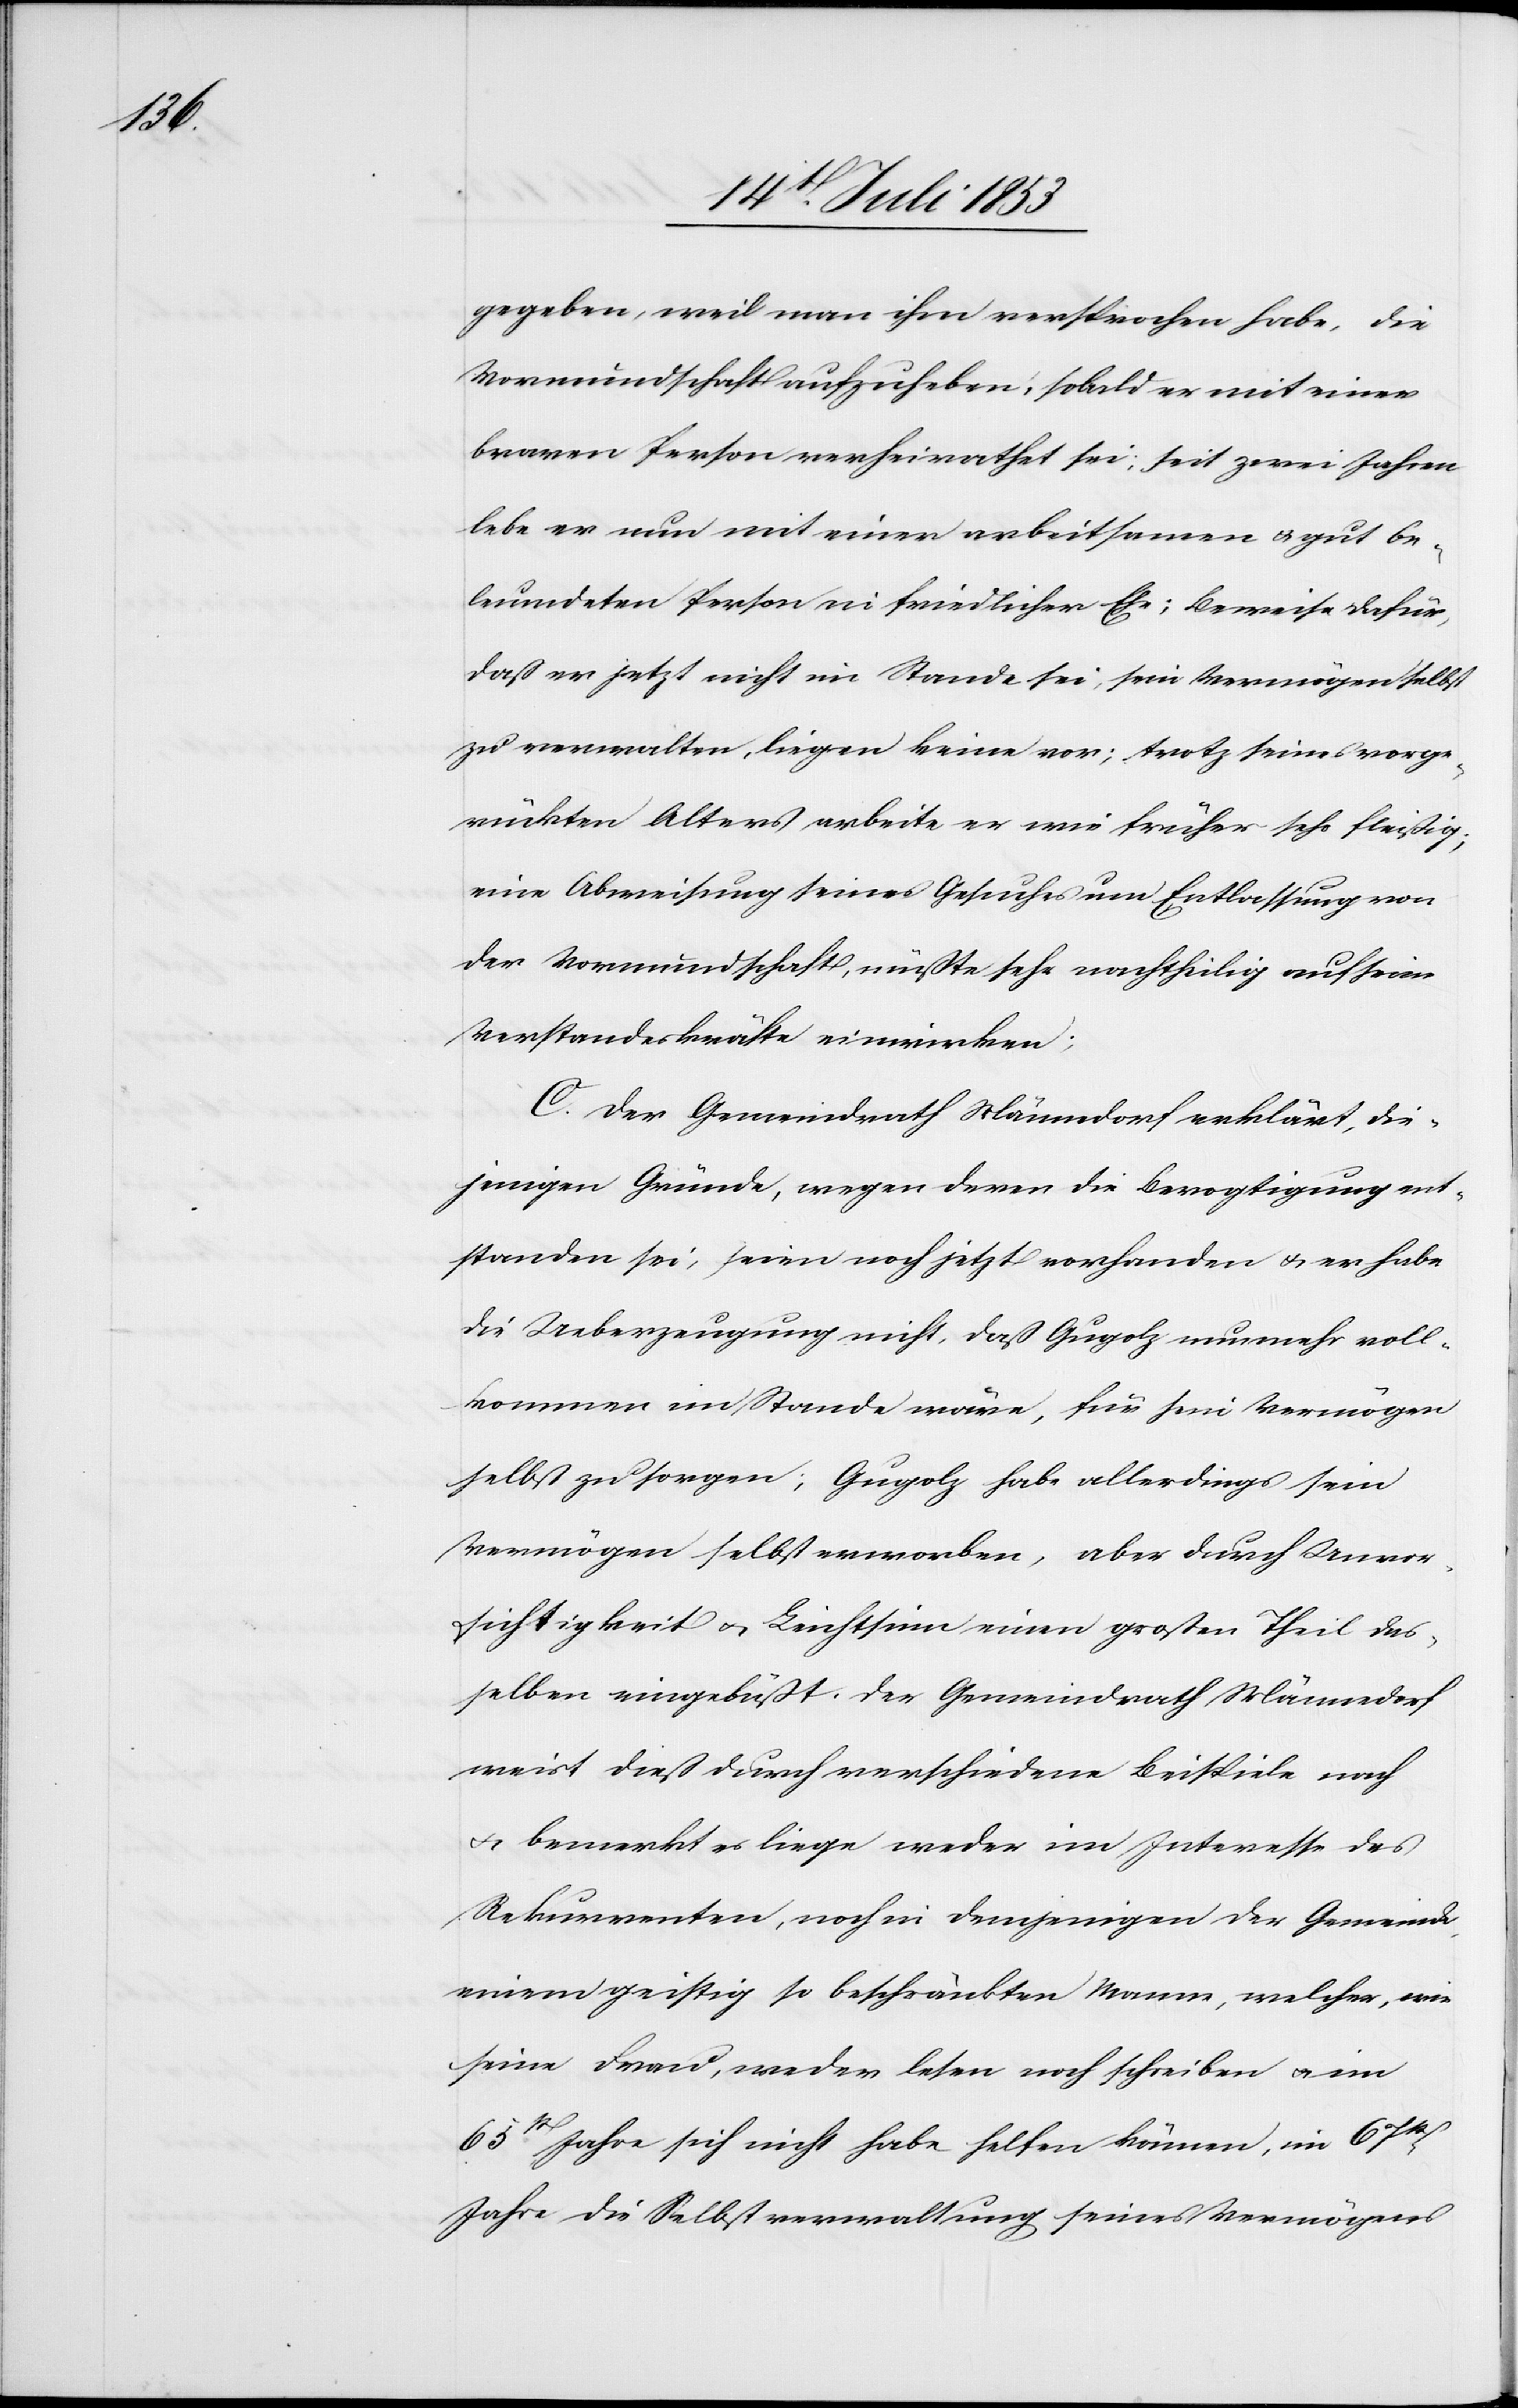
gegeben, weil man ihm versprochen habe, die
Vormundschaft aufzuheben, sobald er mit seiner
braven Person verheirathet sei; seit zwei Jahren
lebe er nun mit einer arbeitsamen u. gut be¬
leumdeten Person in friedlicher Ehe; Beweise dafür,
daß er jetzt nicht im Stande sei, sein Vermögen selbst
zu verwalten, liegen keine vor; trotz seines vorge¬
rückten Alters arbeite er wie früher sehr fleißig;
eine Abweisung seines Gesuches um Entlassung von
der Vormundschaft, müßte sehr nachtheilig auf seine
Verstandeskräfte einwirken;
C. Der Gemeindrath Männedorf erklärt, die¬
jenigen Gründe, wegen deren die Bevogtigung ent¬
standen sei, seien noch jetzt vorhanden u. er habe
die Ueberzeugung nicht, daß Gugolz nunmehr voll¬
kommen im Stande wäre, für sein Vermögen
selbst zu sorgen; Gugolz habe allerdings sein
Vermögen selbst erworben, aber durch Unvor¬
sichtigkeit u. Leichtsinn einen großen Theil des¬
selben eingebüßt. Der Gemeindrath Männedorf
weist dieß durch verschiedene Beispiele nach
u. bemerkt es liege weder im Interesse des
Rekurrenten, noch in demjenigen der Gemeinde
einem geistig so beschränkten Manne, welcher, wie
seine Frau, weder lesen noch schreiben u. im
65t Jahre sich nicht habe helfen könne, im 67t
Jahre die Selbstverwaltung seines Vermögen